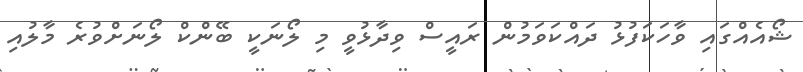
ޝޯއެއްގައި ވާހަކަފުޅު ދައްކަވަމުން ރައީސް ވިދާޅުވީ މި ލޯނަކީ ބޭންކް ލޯނަށްވުރެ މާލުއި